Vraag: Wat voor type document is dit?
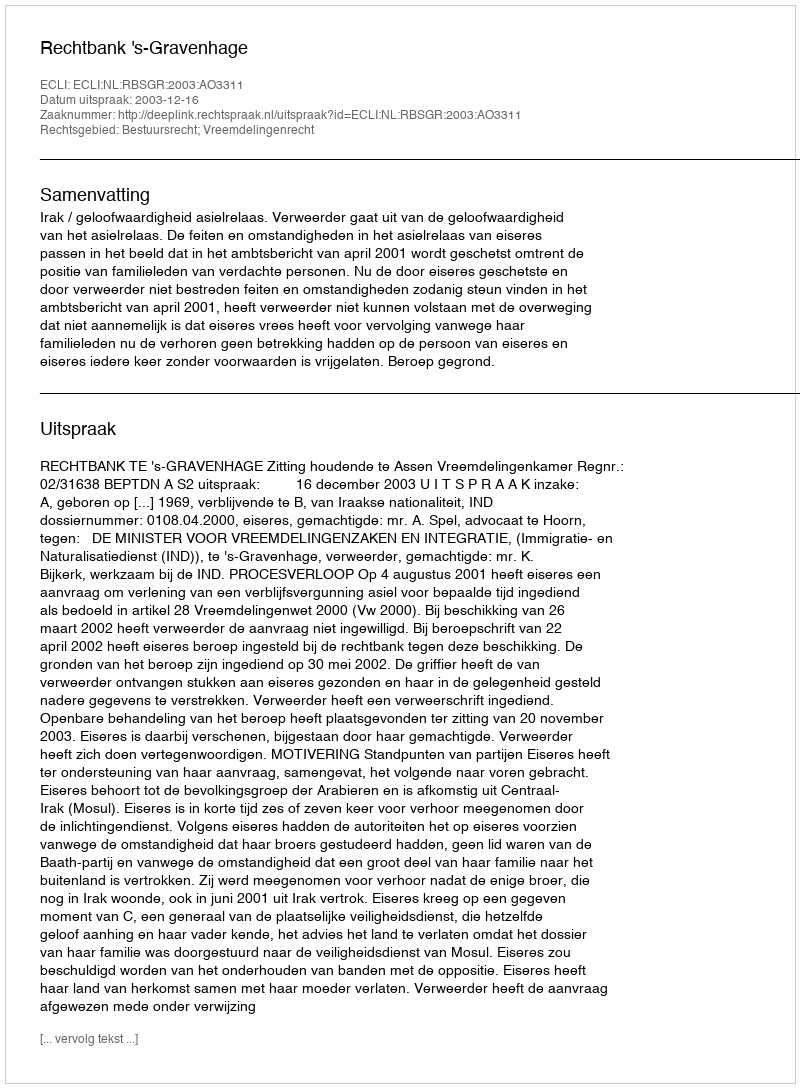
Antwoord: Uitspraak